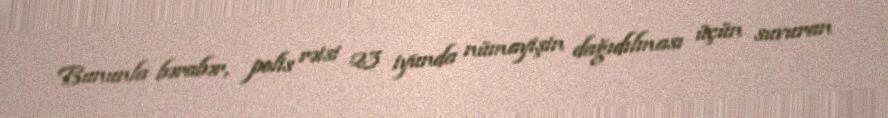
Bununla bərabər, polis rəisi 23 iyunda nümayişin dağıdılması üçün suvuran